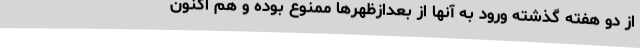
از دو هفته گذشته ورود به آنها از بعدازظهرها ممنوع بوده و هم اکنون